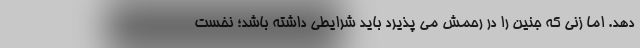
دهد. اما زنی که جنین را در رحمش می پذیرد باید شرایطی داشته باشد؛ نخست